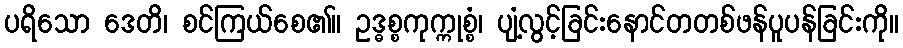
ပရိသော ဒေတိ၊ စင်ကြယ်စေ၏။ ဥဒ္ဓစ္စကုက္ကုစ္စံ၊ ပျံ့လွင့်ခြင်းနောင်တတစ်ဖန်ပူပန်ခြင်းကို။